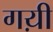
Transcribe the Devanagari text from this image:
गय़ी